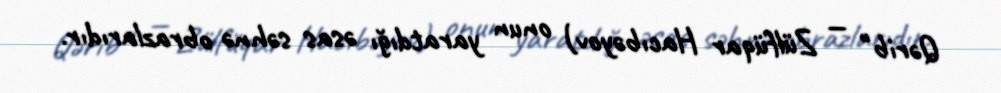
Qərib" — Zülfüqar Hacıbəyov) onun yaratdığı əsas səhnə obrazlarıdır.